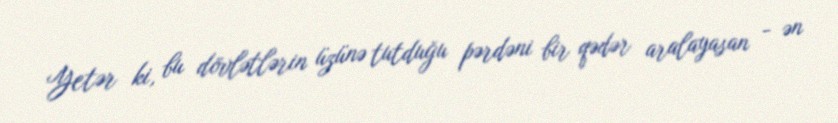
Yetər ki, bu dövlətlərin üzünə tutduğu pərdəni bir qədər aralayasan - ən